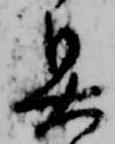
具